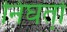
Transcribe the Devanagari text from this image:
निघतो़